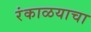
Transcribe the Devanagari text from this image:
रंकाळयाचा